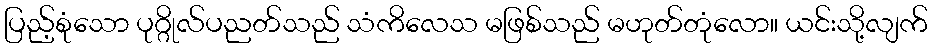
ပြည့်စုံသော ပုဂ္ဂိုလ်ပညတ်သည် သံကိလေသ မဖြစ်သည် မဟုတ်တုံလော။ ယင်းသို့လျက်